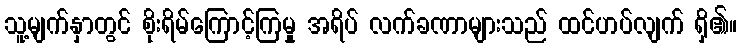
သူ့မျက်နှာတွင် စိုးရိမ်ကြောင့်ကြမှု အရိပ် လက်ခဏာများသည် ထင်ဟပ်လျက် ရှိ၏။